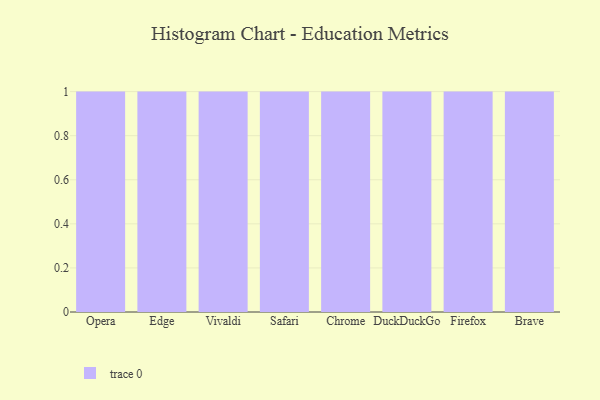
{"axis": {"x": "Browser", "y": "Backlog"}, "legend": [""], "data": [{"x": "Opera", "y": 41, "type": ""}, {"x": "Edge", "y": 46, "type": ""}, {"x": "Vivaldi", "y": 76, "type": ""}, {"x": "Safari", "y": 5, "type": ""}, {"x": "Chrome", "y": 38, "type": ""}, {"x": "DuckDuckGo", "y": 6, "type": ""}, {"x": "Firefox", "y": 64, "type": ""}, {"x": "Brave", "y": 64, "type": ""}]}